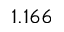
1 . 1 6 6